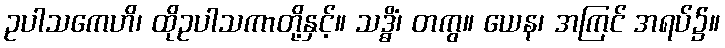
ဥပါသကေဟိ၊ ထိုဥပါသကာတို့နှင့်။ သဒ္ဓိံ၊ တကွ။ ယေန၊ အကြင် အရပ်၌။